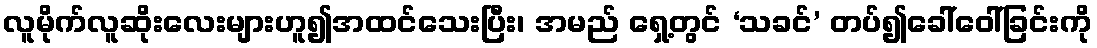
လူမိုက်လူဆိုးလေးများဟူ၍အထင်သေးပြီး၊ အမည် ရှေ့တွင် ‘သခင်’ တပ်၍ခေါ်ဝေါ်ခြင်းကို